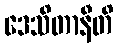
ဒေသိတာနီတိ